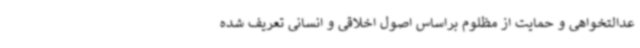
عدالتخواهی و حمایت از مظلوم براساس اصول اخلاقی و انسانی تعریف شده